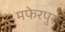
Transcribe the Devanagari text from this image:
मफेरपुर